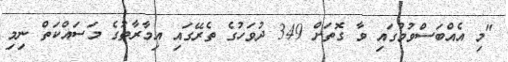
"މި އެއްބަސްވުމުގައި ވާ ގޮތަށް 349 ދުވަހުގެ ތެރޭގައި އިމާރާތުގެ މަސައްކަތް ނިމި